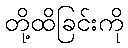
တို့ထိခြင်းကို